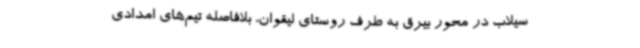
سیلاب در محور بیرق به طرف روستای لیقوان، بلافاصله تیم‌های امدادی